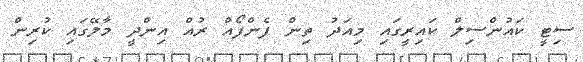
ސިޓީ ކައުންސިލް ކައިރީގައި މިއަދު ތިން ފެންފޯއް ރުއް އިންދީ މާލޭގައި ކުރިން